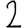
Digit: 2